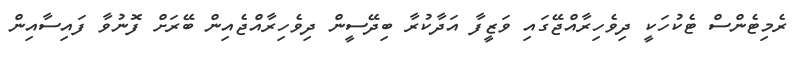
ރެމިޓެންސް ޓެކުހަކީ ދިވެހިރާއްޖޭގައި ވަޒީފާ އަދާކުރާ ބިދޭސީން ދިވެހިރާއްޖެއިން ބޭރަށް ފޮނުވާ ފައިސާއިން